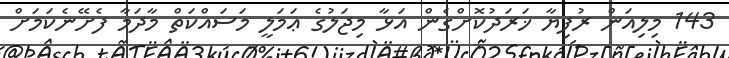
143 މިލިއަން ރުފިޔާ ޚަރަދުކޮށްގެން އަޅާ މިޖަލުގެ ޢަމަލީ މަސައްކަތް މާދަމާ ފެށޭނެކަމަށް